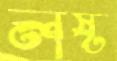
লষ্ট